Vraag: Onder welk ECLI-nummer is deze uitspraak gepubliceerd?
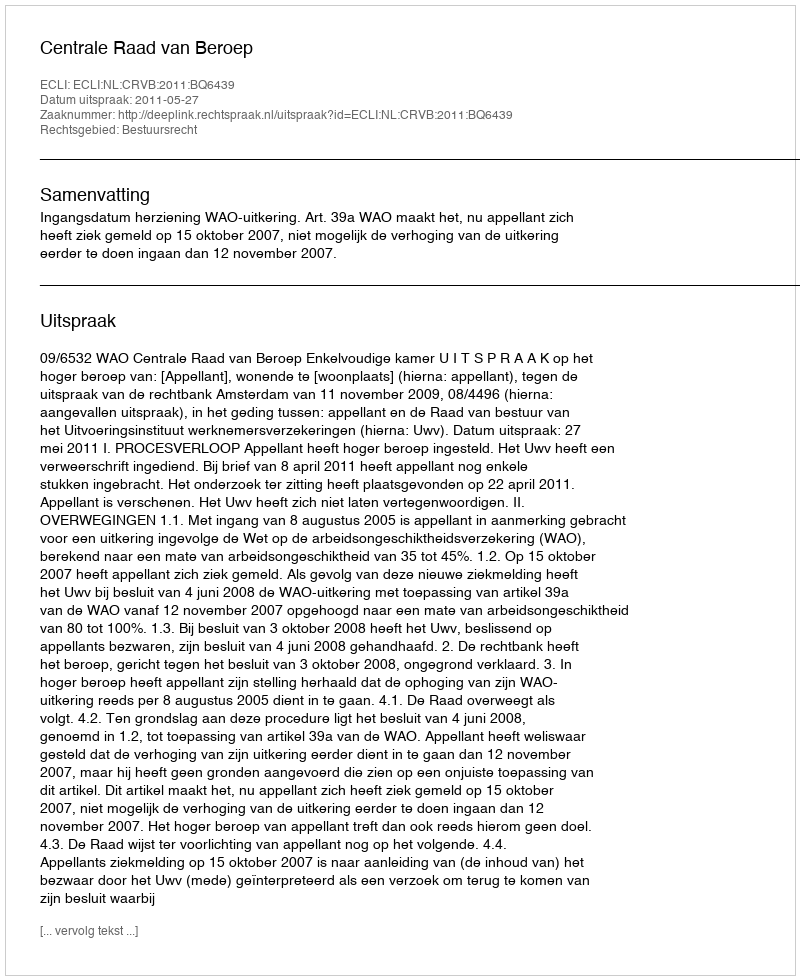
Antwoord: ECLI:NL:CRVB:2011:BQ6439